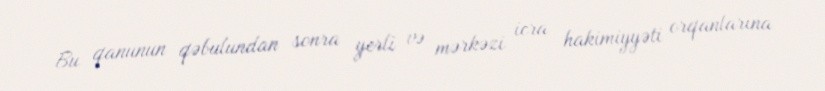
Bu qanunun qəbulundan sonra yerli və mərkəzi icra hakimiyyəti orqanlarına